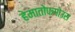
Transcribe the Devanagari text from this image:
हेमातोफगोउस